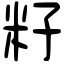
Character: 籽